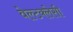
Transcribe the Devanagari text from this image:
वेल्टक्लेसी